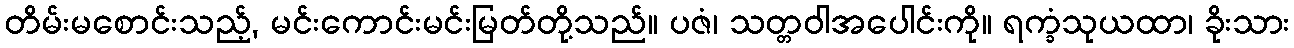
တိမ်းမစောင်းသည့်, မင်းကောင်းမင်းမြတ်တို့သည်။ ပဇံ၊ သတ္တဝါအပေါင်းကို။ ရက္ခံသုယထာ၊ ခိုးသား